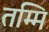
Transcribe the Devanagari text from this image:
तम्मि